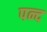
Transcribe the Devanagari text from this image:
पन्द